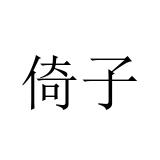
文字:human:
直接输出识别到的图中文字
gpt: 倚子